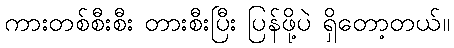
ကားတစ်စီးစီး တားစီးပြီး ပြန်ဖို့ပဲ ရှိတော့တယ်။